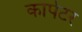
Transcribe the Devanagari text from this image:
कार्पेटर